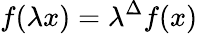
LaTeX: f(\lambda x)=\lambda^{\Delta}f(x)